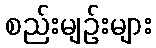
စည်းမျဉ်းများ